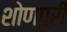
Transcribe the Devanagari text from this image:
शोणपुरी